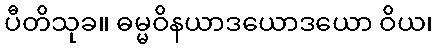
ပီတိသုခ။ ဓမ္မဝိနယာဒယောဒယော ဝိယ၊